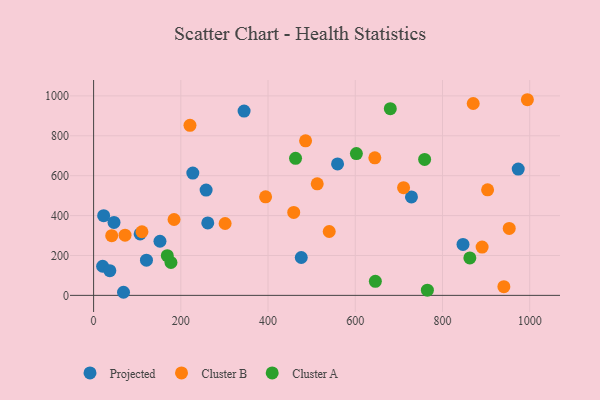
{"axis": {"x": "Price", "y": "Demand"}, "legend": ["Cluster A", "Cluster B", "Projected"], "data": [{"x": "345.1", "y": 923.8, "type": "Projected"}, {"x": "973.7", "y": 632.9, "type": "Projected"}, {"x": "728.9", "y": 493.7, "type": "Projected"}, {"x": "152.2", "y": 271.2, "type": "Projected"}, {"x": "121.2", "y": 176.5, "type": "Projected"}, {"x": "261.8", "y": 363.2, "type": "Projected"}, {"x": "476.2", "y": 189.8, "type": "Projected"}, {"x": "20.7", "y": 145.9, "type": "Projected"}, {"x": "106.7", "y": 308.0, "type": "Projected"}, {"x": "847.1", "y": 255.2, "type": "Projected"}, {"x": "68.6", "y": 15.5, "type": "Projected"}, {"x": "258.0", "y": 528.1, "type": "Projected"}, {"x": "46.8", "y": 365.6, "type": "Projected"}, {"x": "23.1", "y": 399.6, "type": "Projected"}, {"x": "227.5", "y": 613.2, "type": "Projected"}, {"x": "559.4", "y": 658.7, "type": "Projected"}, {"x": "37.2", "y": 123.7, "type": "Projected"}, {"x": "903.5", "y": 529.0, "type": "Cluster B"}, {"x": "890.9", "y": 242.0, "type": "Cluster B"}, {"x": "486.1", "y": 774.6, "type": "Cluster B"}, {"x": "940.8", "y": 43.7, "type": "Cluster B"}, {"x": "221.0", "y": 852.3, "type": "Cluster B"}, {"x": "458.9", "y": 416.0, "type": "Cluster B"}, {"x": "110.9", "y": 318.9, "type": "Cluster B"}, {"x": "301.6", "y": 360.4, "type": "Cluster B"}, {"x": "710.8", "y": 539.9, "type": "Cluster B"}, {"x": "512.8", "y": 559.4, "type": "Cluster B"}, {"x": "953.1", "y": 335.7, "type": "Cluster B"}, {"x": "72.1", "y": 301.6, "type": "Cluster B"}, {"x": "644.9", "y": 689.6, "type": "Cluster B"}, {"x": "870.5", "y": 961.9, "type": "Cluster B"}, {"x": "540.3", "y": 320.3, "type": "Cluster B"}, {"x": "41.5", "y": 299.0, "type": "Cluster B"}, {"x": "994.7", "y": 980.8, "type": "Cluster B"}, {"x": "184.5", "y": 380.4, "type": "Cluster B"}, {"x": "394.4", "y": 494.0, "type": "Cluster B"}, {"x": "602.6", "y": 710.8, "type": "Cluster A"}, {"x": "765.4", "y": 26.2, "type": "Cluster A"}, {"x": "680.4", "y": 935.8, "type": "Cluster A"}, {"x": "759.1", "y": 681.4, "type": "Cluster A"}, {"x": "646.1", "y": 70.4, "type": "Cluster A"}, {"x": "177.4", "y": 164.8, "type": "Cluster A"}, {"x": "463.1", "y": 687.1, "type": "Cluster A"}, {"x": "169.0", "y": 199.0, "type": "Cluster A"}, {"x": "862.8", "y": 187.9, "type": "Cluster A"}]}